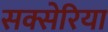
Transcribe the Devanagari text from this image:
सक्सेरिया